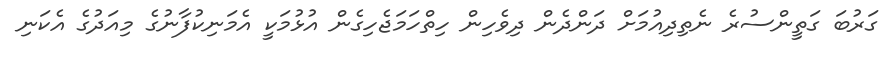
ގަރުބަ ގަތީންސުރެ ނެތިދިއުމަށް ދަންދެން ދިވެހިން ހިތްހަމަޖެހިގެން އުޅުމަކީ އެމަނިކުފާނުގެ މިއަދުގެ އެކަނި